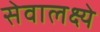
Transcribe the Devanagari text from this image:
सेवालक्ष्ये